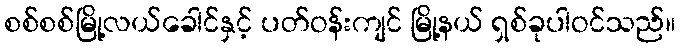
စစ်စစ်မြို့လယ်ခေါင်နှင့် ပတ်ဝန်းကျင် မြို့နယ် ရှစ်ခုပါဝင်သည်။